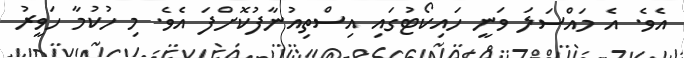
އެވެ. އެ މައްސަލަ ވަނީ ހައިކޯޓުގައި އިސްތިއުނާފުކޮށްފަ އެވެ. މި ހުކުމާ ހަވީރު